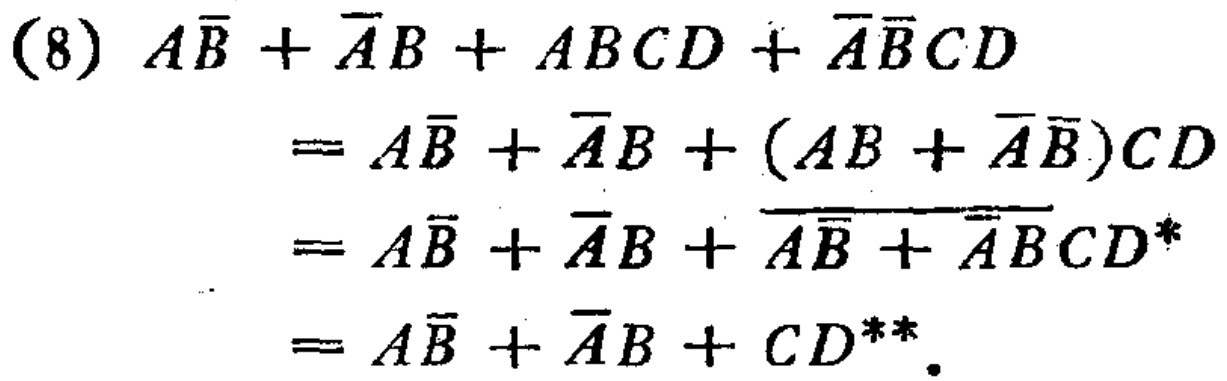
\begin{align*}

(8)\ A\overline{B}+\overline{A}B + ABCD+\overline{A}\overline{B}CD&\\

&=A\overline{B}+\overline{A}B+(AB + \overline{A}\overline{B})CD\\

&=A\overline{B}+\overline{A}B+\overline{A\overline{B}+\overline{A}B}CD^*\\

&=A\overline{B}+\overline{A}B+CD^{**}.

\end{align*}